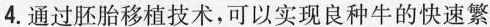
4.通过胚胎移植技术，可以实现良种牛的快速繁